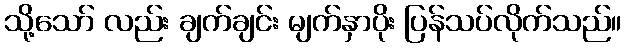
သို့သော် လည်း ချက်ချင်း မျက်နှာပိုး ပြန်သပ်လိုက်သည်။